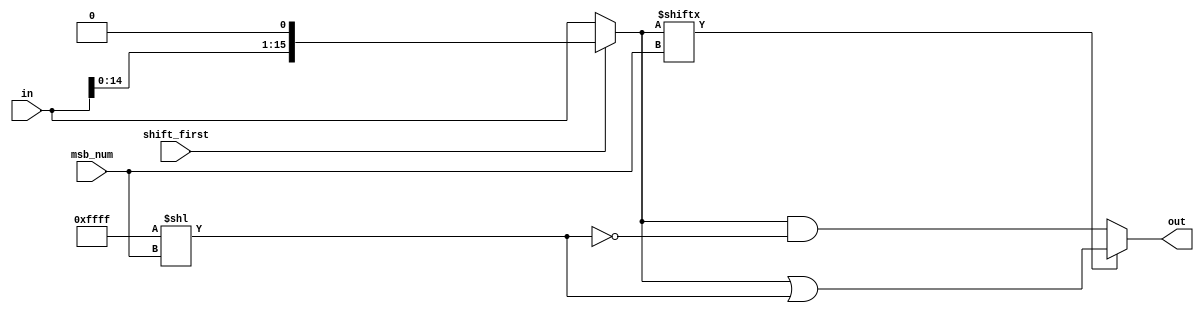
/* 
 * A sign extender module
 * Module: 		sign_extender
 * Description: Does sign extension to 16-bit values.
 * Acknowledgements:
 *		See xm23_cpu.v
 */
module sign_extender(in, out, msb_num, shift_first);
	input [15:0] in;
	input [3:0] msb_num;
	input shift_first;
	output reg [15:0] out;
	
	reg [15:0] extension = 16'hffff;
	reg [15:0] intermediate;
	
	always @(in, msb_num, shift_first) begin
		if (shift_first)
			intermediate = in[15:0] << 1;
		else
			intermediate = in[15:0];
		
		if (intermediate[msb_num[3:0]] == 1'b1)
			out = intermediate[15:0] | (extension[15:0] << msb_num[3:0]);
		else
			out = intermediate[15:0] & ~(extension[15:0] << msb_num[3:0]);
	end
endmodule